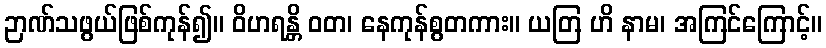
ဉာဏ်သဖွယ်ဖြစ်ကုန်၍။ ဝိဟရန္တိ ဝတ၊ နေကုန်စွတကား။ ယတြ ဟိ နာမ၊ အကြင်ကြောင့်။